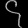
Digit: ၄